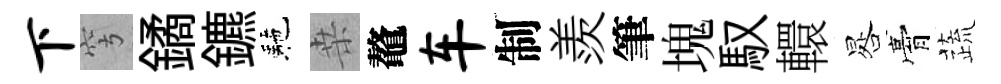
下穹鐍鑣駰桒鼇车制羨筆塊馭轘晷膏蔬